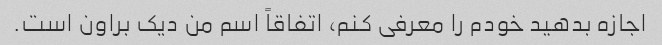
اجازه بدهید خودم را معرفی کنم، اتفاقاً اسم من دیک براون است.